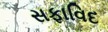
સફાવિદ